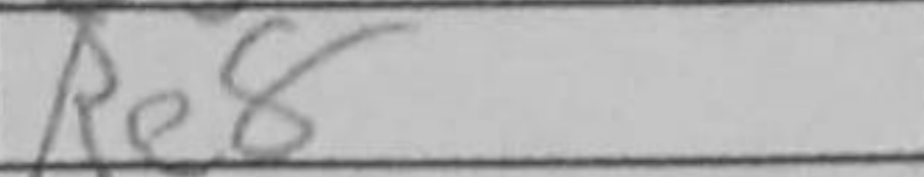
Transcription: Re8